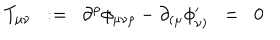
T _ { \mu \nu } \; \; : = \; \; \partial ^ { \rho } \phi _ { \mu \nu \rho } - \partial _ { ( \mu } \phi _ { \nu ) } ^ { \prime } \; \; = \; \; 0